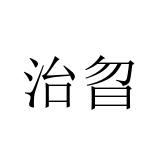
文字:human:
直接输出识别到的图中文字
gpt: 治曶